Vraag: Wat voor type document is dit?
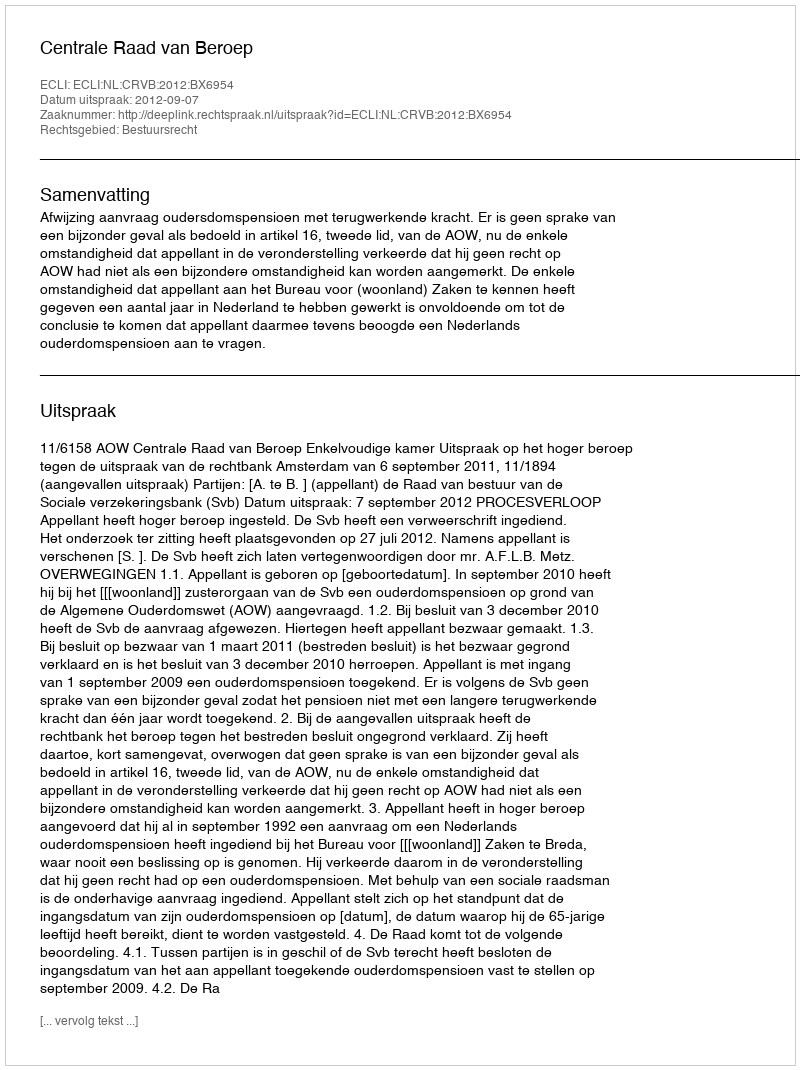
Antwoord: Uitspraak